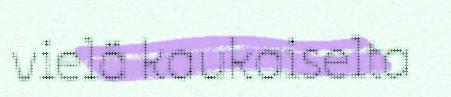
vielä kaukaiselta